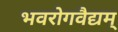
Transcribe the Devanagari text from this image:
भवरोगवैद्यम्